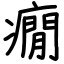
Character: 癇